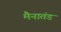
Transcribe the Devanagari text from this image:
मैनातंड